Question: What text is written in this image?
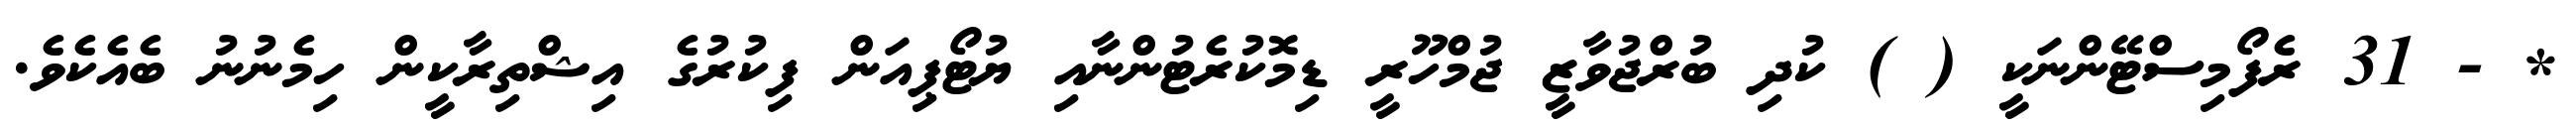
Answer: * - 31 ރެފޯމިސްޓޭންނަކީ ( ) ކުދި ބުރްޖުވާޒީ ޖުމްހޫރީ ޑިމޮކުރެޓުންނާއި ޔުޓޯޕިއަން ފިކުރުގެ އިޝްތިރާކީން ހިމެނުނު ބެއެކެވެ.